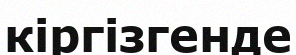
кіргізгенде